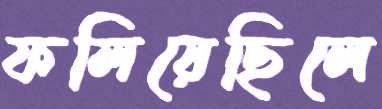
ফলিয়েছিলে